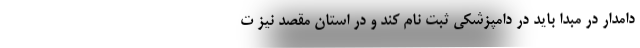
دامدار در مبدا باید در دامپزشکی ثبت نام کند و در استان مقصد نیز ت